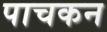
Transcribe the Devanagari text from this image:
पाचकन